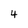
Character: 4